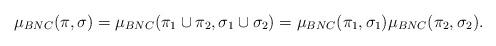
LaTeX: \begin{align*}\mu_{BNC}(\pi, \sigma) = \mu_{BNC}(\pi_1 \cup \pi_2, \sigma_1 \cup \sigma_2) = \mu_{BNC}(\pi_1, \sigma_1) \mu_{BNC}(\pi_2, \sigma_2).\end{align*}